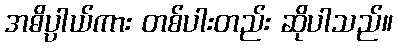
အဓိပ္ပာယ်ကား တစ်ပါးတည်း ဆိုပါသည်။